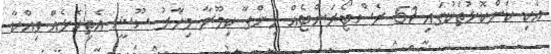
އެކި ކަންކޮޅުތަކުގައި 51 ރެސްޓޯރަންޓެއް ހިންގާ ކިމޫރާ މިހާރު ސޫޝީ އެތިކޮޅެއް ވިއްކާ